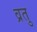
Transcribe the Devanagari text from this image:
व्रतु